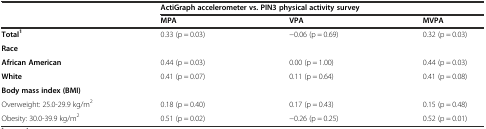
|  | <COLSPAN=3> ActiGraph accelerometer vs. PIN3 physical activity survey |
 |  | MPA | VPA | MVPA |
 | --- | --- | --- | --- |
 | Total1 | 0.33 (p = 0.03) | −0.06 (p = 0.69) | 0.32 (p = 0.03) |
 | Race |  |  |  |
 | African American | 0.44 (p = 0.03) | 0.00 (p = 1.00) | 0.44 (p = 0.03) |
 | White | 0.41 (p = 0.07) | 0.11 (p = 0.64) | 0.41 (p = 0.08) |
 | Body mass index (BMI) |  |  |  |
 | Overweight: 25.0-29.9 kg/m2 | 0.18 (p = 0.40) | 0.17 (p = 0.43) | 0.15 (p = 0.48) |
 | Obesity: 30.0-39.9 kg/m2 | 0.51 (p = 0.02) | −0.26 (p = 0.25) | 0.52 (p = 0.01) |